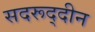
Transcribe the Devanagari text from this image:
सदरूद्दीन